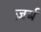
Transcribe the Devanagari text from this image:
ज़र्ब